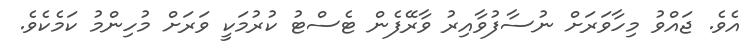
އެވެ. ޖައްވު މިހާވަރަށް ނުސާފުވާއިރު ވާރޭފެން ޓެސްޓު ކުރުމަކީ ވަރަށް މުހިންމު ކަމެކެވެ.